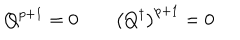
Q ^ { p + 1 } = 0 \qquad \bigl ( Q ^ { \dagger } \bigr ) ^ { p + 1 } = 0